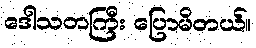
ဒေါသတကြီး ပြောမိတယ်။